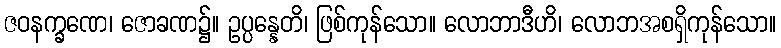
ဇဝနက္ခဏေ၊ ဇောခဏ၌။ ဥပ္ပန္နေတိ၊ ဖြစ်ကုန်သော။ လောဘာဒီဟိ၊ လောဘအစရှိကုန်သော။